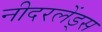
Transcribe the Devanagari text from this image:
नीदरलेंड्स